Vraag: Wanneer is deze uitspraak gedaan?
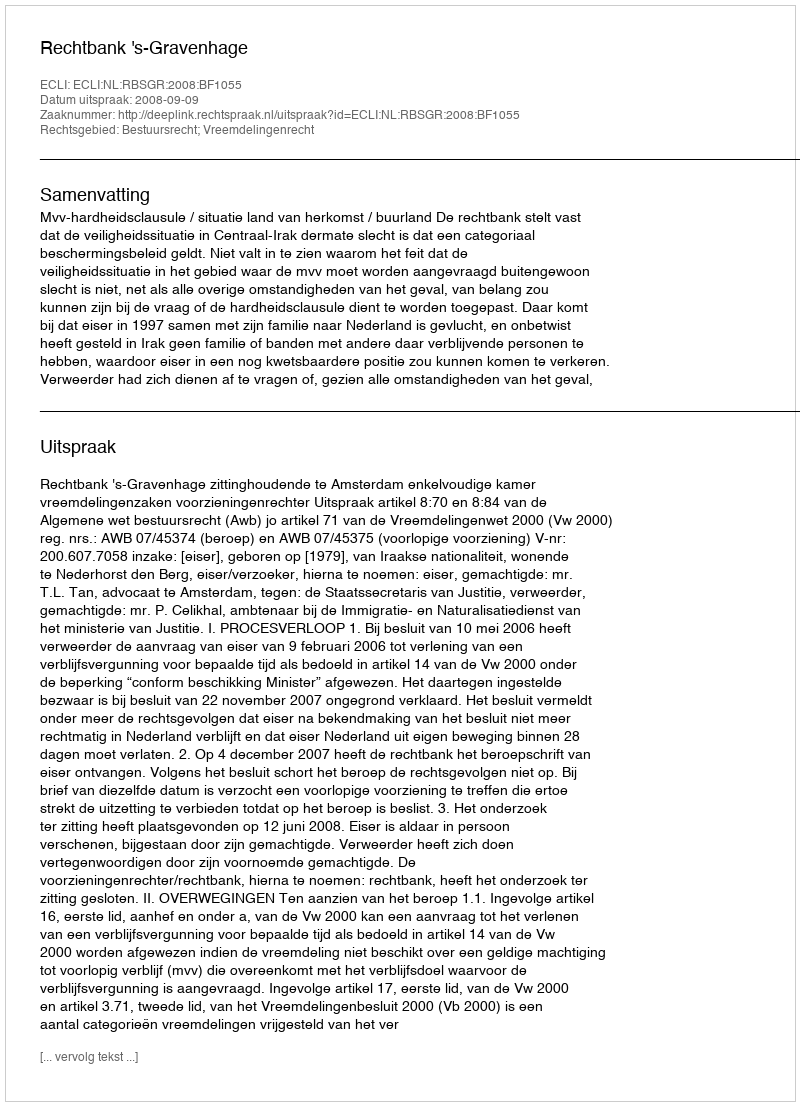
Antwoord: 2008-09-09